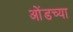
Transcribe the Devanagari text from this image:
ओंडच्या